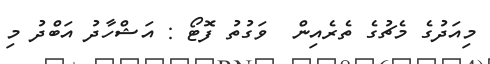
މިއަދުގެ މެޗުގެ ތެރެއިން  ވަގުތު ފޮޓޯ : އަޝްހާދު އަބްދު މި